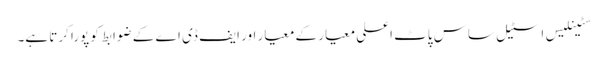
سٹینلیس اسٹیل ساس پاٹ اعلی معیار کے معیار اور ایف ڈی اے کے ضوابط کو پورا کرتا ہے۔